65_HS1-834228961_62-HQ-83894_Section_5
Agency: FBI
Page 94
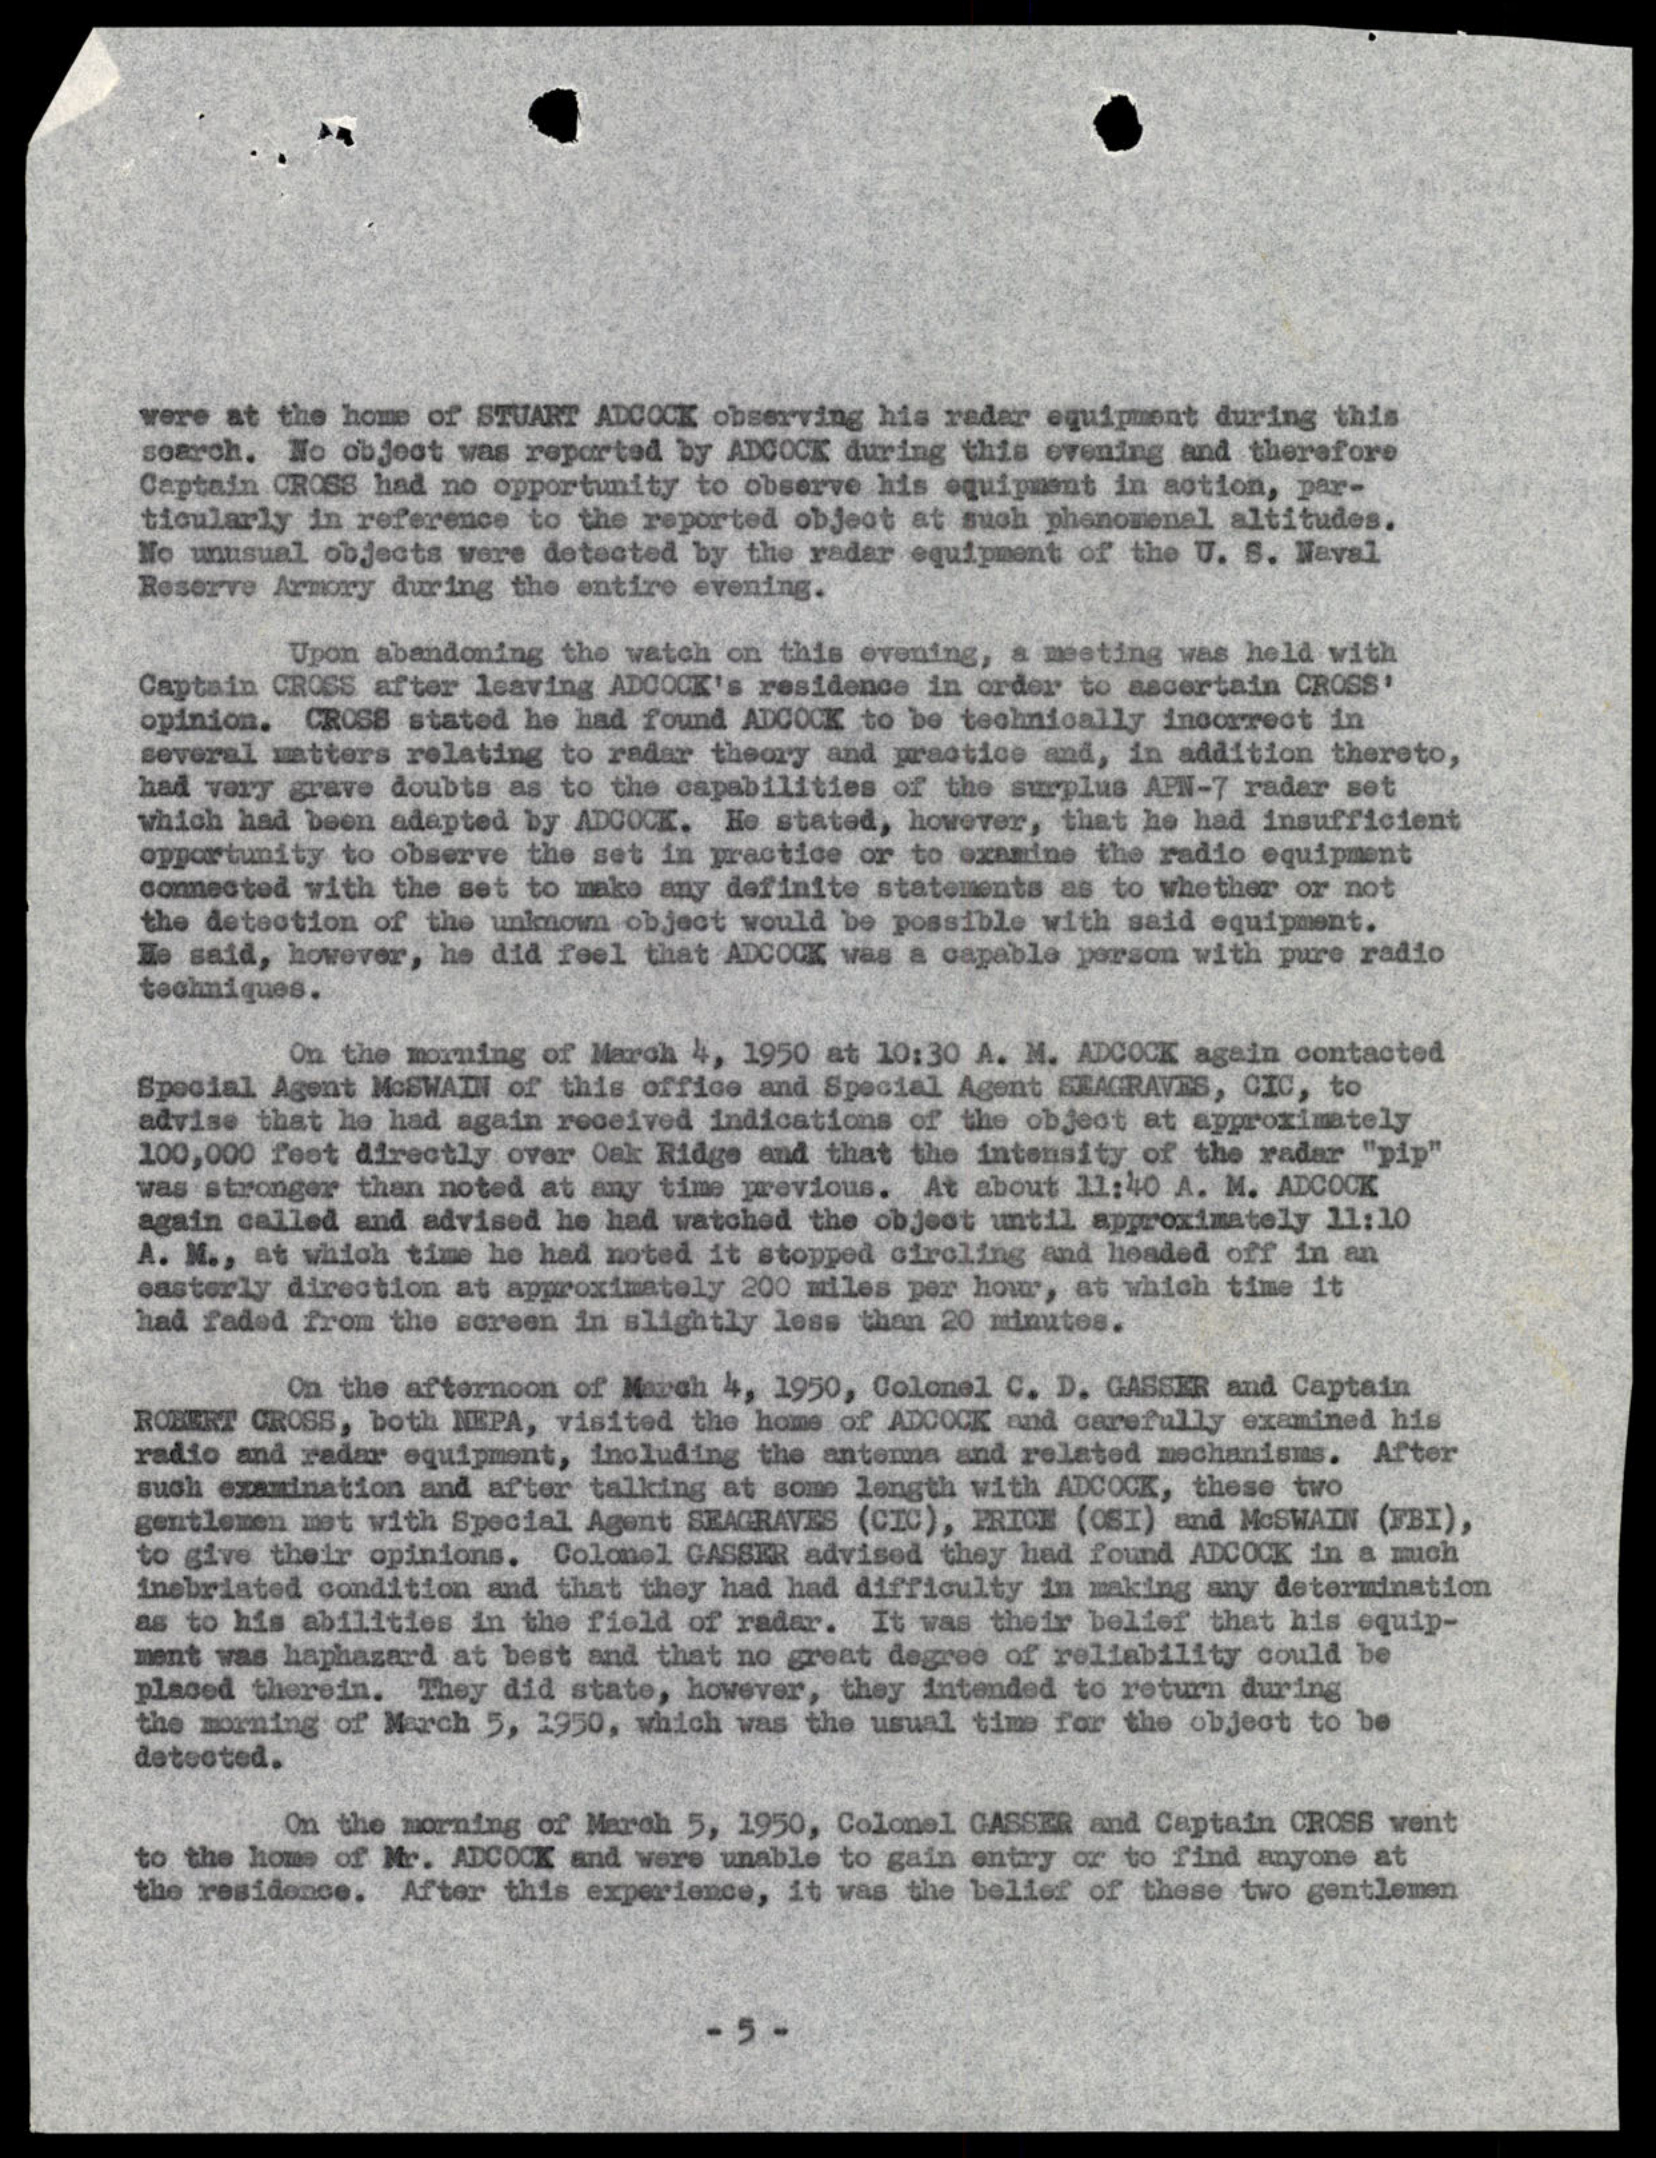